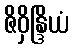
ဇိဝှိန္ဒြိယံ